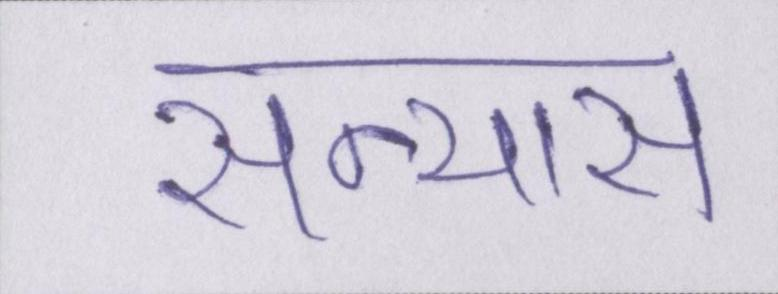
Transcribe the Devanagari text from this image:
सन्यास